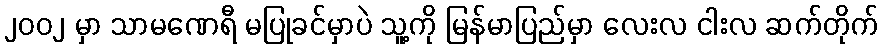
၂၀၀၂ မှာ သာမဏေရီ မပြုခင်မှာပဲ သူ့ကို မြန်မာပြည်မှာ လေးလ ငါးလ ဆက်တိုက်